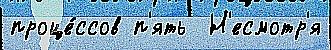
проце́ссов п'ять  Н'есмотр'я